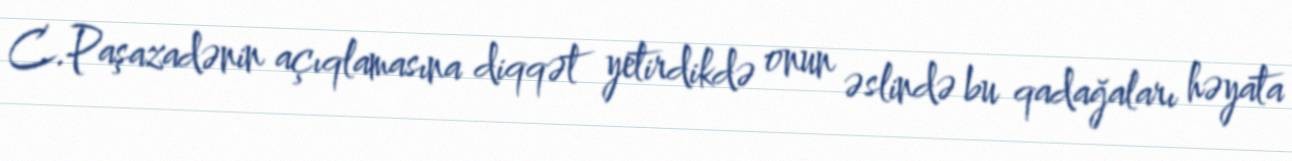
C.Paşazadənin açıqlamasına diqqət yetirdikdə onun əslində bu qadağaları həyata